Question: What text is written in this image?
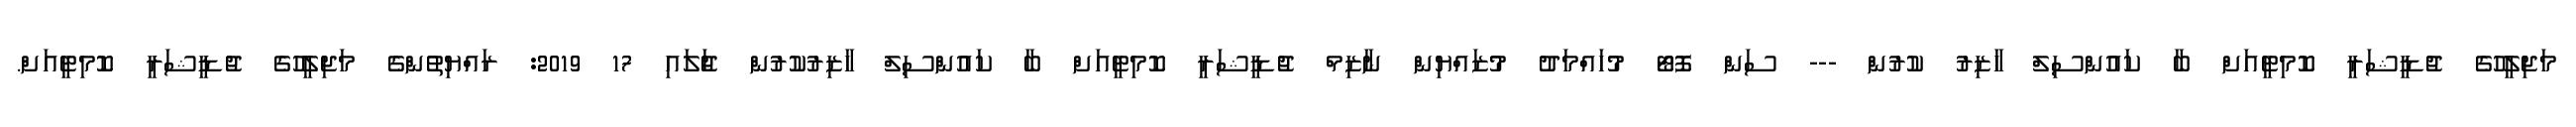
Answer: މަޖިލީހުގެ ޖުޑީޝަރީ ކޮމިޓީއަށް ބާ ކައުންސިލް ހާޒިރު ކުރުން --- ސަން ފޮޓޯ މުހައްމަދު މުޒައްޔިން ނާޒިމް ޖުޑީޝަރީ ކޮމިޓީއަށް ބާ ކައުންސިލް ހާޒިރުކުރުން ޖުަލައި 17 2019: ރައްޔިތުންގެ މަޖިލީހުގެ ޖުޑީޝަރީ ކޮމިޓީއަށް.